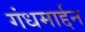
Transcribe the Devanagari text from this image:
गंधमार्द्दन